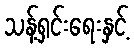
သန့်ရှင်းရေးနှင့်